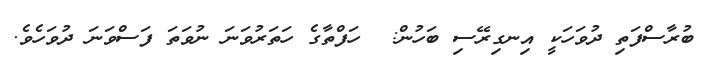
ބުރާސްފަތި ދުވަހަކީ އިނގިރޭސި ބަހުން:  ހަފްތާގެ ހަތަރުވަނަ ނުވަތަ ފަސްވަނަ ދުވަހެވެ.